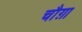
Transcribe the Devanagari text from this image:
चौग़ा